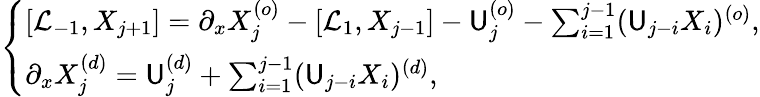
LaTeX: \begin{array}{r}{\left\{ \begin{array}{ll}{[\mathcal{L}_{-1},X_{j+1}]=\partial_{x}X_{j}^{(o)}-[\mathcal{L}_{1},X_{j-1}]-\mathsf{U}_{j}^{(o)}-\sum_{i=1}^{j-1}(\mathsf{U}_{j-i}X_{i})^{(o)},}\\ {\partial_{x}X_{j}^{(d)}=\mathsf{U}_{j}^{(d)}+\sum_{i=1}^{j-1}(\mathsf{U}_{j-i}X_{i})^{(d)},}\end{array}\right.}\end{array}